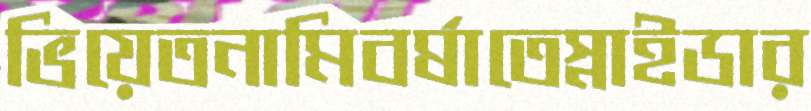
ভিয়েতনামিবর্ষাতেস্নাইডার